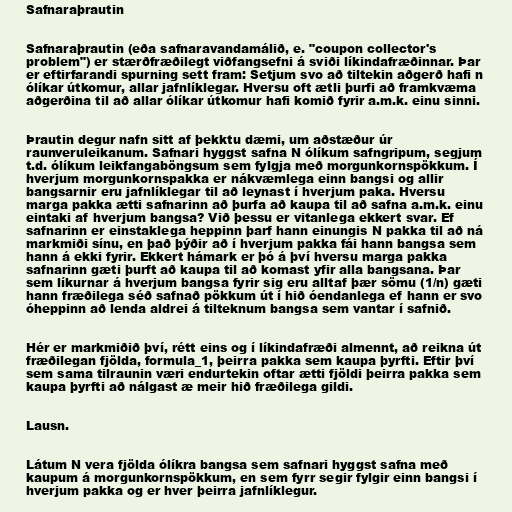
Safnaraþrautin

Safnaraþrautin (eða safnaravandamálið, e. "coupon collector's
problem") er stærðfræðilegt viðfangsefni á sviði líkindafræðinnar. Þar
er eftirfarandi spurning sett fram: Setjum svo að tiltekin aðgerð hafi n
ólíkar útkomur, allar jafnlíklegar. Hversu oft ætli þurfi að framkvæma
aðgerðina til að allar ólíkar útkomur hafi komið fyrir a.m.k. einu sinni.

Þrautin degur nafn sitt af þekktu dæmi, um aðstæður úr
raunveruleikanum. Safnari hyggst safna N ólíkum safngripum, segjum
t.d. ólíkum leikfangaböngsum sem fylgja með morgunkornspökkum. Í
hverjum morgunkornspakka er nákvæmlega einn bangsi og allir
bangsarnir eru jafnlíklegar til að leynast í hverjum paka. Hversu
marga pakka ætti safnarinn að þurfa að kaupa til að safna a.m.k. einu
eintaki af hverjum bangsa? Við þessu er vitanlega ekkert svar. Ef
safnarinn er einstaklega heppinn þarf hann einungis N pakka til að ná
markmiði sínu, en það þýðir að í hverjum pakka fái hann bangsa sem
hann á ekki fyrir. Ekkert hámark er þó á því hversu marga pakka
safnarinn gæti þurft að kaupa til að komast yfir alla bangsana. Þar
sem líkurnar á hverjum bangsa fyrir sig eru alltaf þær sömu (1/n) gæti
hann fræðilega séð safnað pökkum út í hið óendanlega ef hann er svo
óheppinn að lenda aldrei á tilteknum bangsa sem vantar í safnið.

Hér er markmiðið því, rétt eins og í líkindafræði almennt, að reikna út
fræðilegan fjölda, formula_1, þeirra pakka sem kaupa þyrfti. Eftir því
sem sama tilraunin væri endurtekin oftar ætti fjöldi þeirra pakka sem
kaupa þyrfti að nálgast æ meir hið fræðilega gildi.

Lausn.

Látum N vera fjölda ólíkra bangsa sem safnari hyggst safna með
kaupum á morgunkornspökkum, en sem fyrr segir fylgir einn bangsi í
hverjum pakka og er hver þeirra jafnlíklegur.